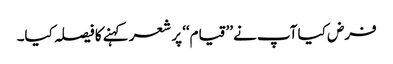
فرض کیا آپ نے ’’قیام‘‘ پر شعر کہنے کا فیصلہ کیا۔